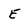
Character: E